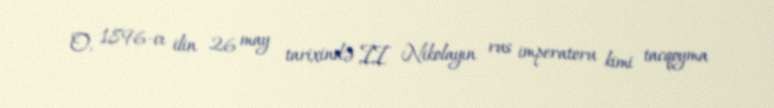
O, 1896-cı ilin 26 may tarixində II Nikolayın rus imperatoru kimi tacqoyma